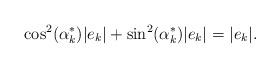
LaTeX: \begin{align*}\cos^2(\alpha_k^*) | e_k | + \sin^2(\alpha_k^*) | e_k | = | e_k |.\end{align*}